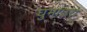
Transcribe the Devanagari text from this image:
घुमाउरो